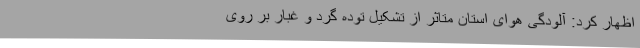
اظهار کرد: آلودگی هوای استان متاثر از تشکیل توده گرد و غبار بر روی